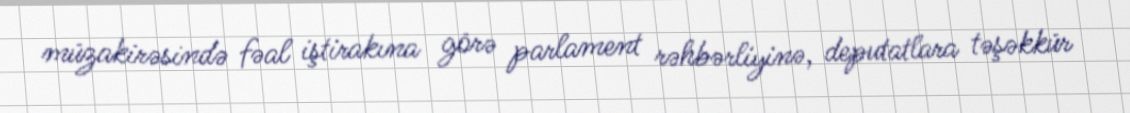
müzakirəsində fəal iştirakına görə parlament rəhbərliyinə, deputatlara təşəkkür